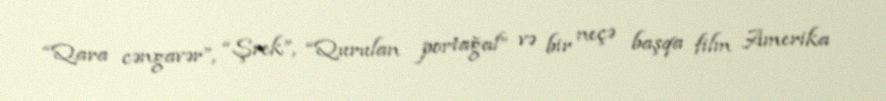
“Qara cəngavər”, “Şrek”, “Qurulan portağal” və bir neçə başqa film Amerika